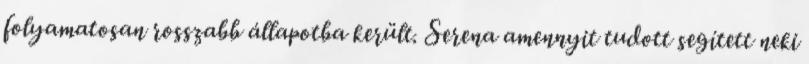
folyamatosan rosszabb állapotba került. Serena amennyit tudott segített neki